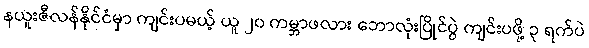
နယူးဇီလန်နိုင်ငံမှာ ကျင်းပမယ့် ယူ ၂၀ ကမ္ဘာဖလား ဘောလုံးပြိုင်ပွဲ ကျင်းပဖို့ ၃ ရက်ပဲ